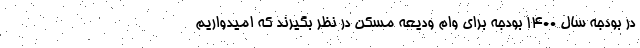
در بودجه سال ۱۴۰۰ بودجه برای وام ودیعه مسکن در نظر بگیرند که امیدواریم